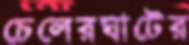
চেলেরঘাটের